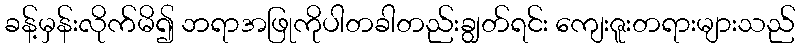
ခန့်မှန်းလိုက်မိ၍ ဘရာအဖြုကိုပါတခါတည်းချွတ်ရင်း ကျေးဇူးတရားများသည်